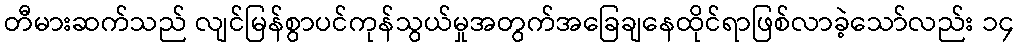
တီမားဆက်သည် လျင်မြန်စွာပင်ကုန်သွယ်မှုအတွက်အခြေချနေထိုင်ရာဖြစ်လာခဲ့သော်လည်း ၁၄